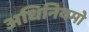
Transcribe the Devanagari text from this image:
अधिनियमो